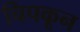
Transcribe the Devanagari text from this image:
चिपकून